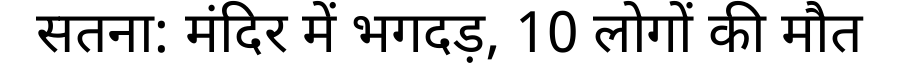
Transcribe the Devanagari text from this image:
सतना: मंदिर में भगदड़, 10 लोगों की मौत